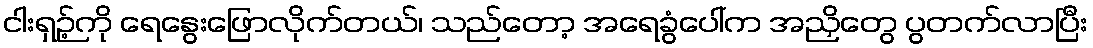
ငါးရှဉ့်ကို ရေနွေးဖြောလိုက်တယ်၊ သည်တော့ အရေခွံပေါ်က အညှိတွေ ပွတက်လာပြီး